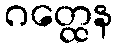
ဂတ္ထေန